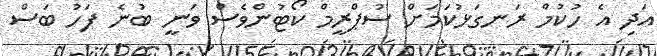
އަދި އެ ހުކުމް ރަނގަޅުކަމަށް ސުޕްރީމް ކޯޓުންވެސް ވަނީ ބުނެ ފަހު ބަސް